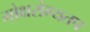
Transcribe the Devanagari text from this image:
मोक्षरोग्यतप